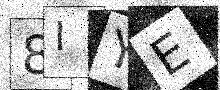
Text: 8IYE